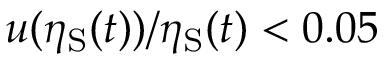
u ( \eta _ { \mathrm { S } } ( t ) ) / \eta _ { \mathrm { S } } ( t ) < 0 . 0 5